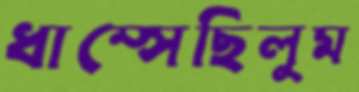
ধাম্‌সেছিলুম